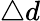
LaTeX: \triangle d